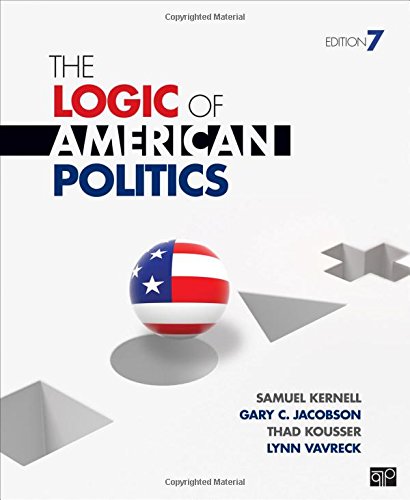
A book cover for The Logic of American Politics; Samuel Kernell; Politics & Social Sciences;